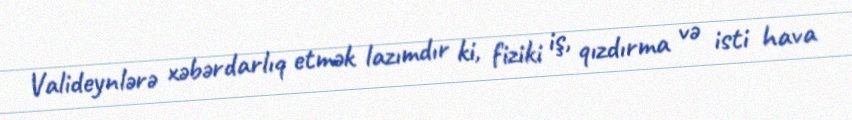
Valideynlərə xəbərdarlıq etmək lazımdır ki, fiziki iş, qızdırma və isti hava